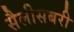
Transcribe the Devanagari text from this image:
सैलीसबरी